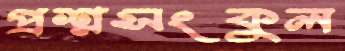
প্রশ্নসংকুল